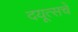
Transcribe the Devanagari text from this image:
दयूत्सचें